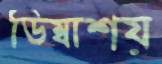
ডিম্বাশয়